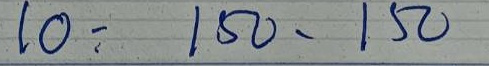
10 = 150 -150